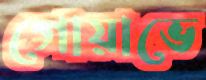
গোয়াভে